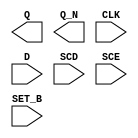
/**
 * Copyright 2020 The SkyWater PDK Authors
 *
 * Licensed under the Apache License, Version 2.0 (the "License");
 * you may not use this file except in compliance with the License.
 * You may obtain a copy of the License at
 *
 *     https://www.apache.org/licenses/LICENSE-2.0
 *
 * Unless required by applicable law or agreed to in writing, software
 * distributed under the License is distributed on an "AS IS" BASIS,
 * WITHOUT WARRANTIES OR CONDITIONS OF ANY KIND, either express or implied.
 * See the License for the specific language governing permissions and
 * limitations under the License.
 *
 * SPDX-License-Identifier: Apache-2.0
 */

`ifndef SKY130_FD_SC_LS__SDFSBP_BLACKBOX_V
`define SKY130_FD_SC_LS__SDFSBP_BLACKBOX_V

/**
 * sdfsbp: Scan delay flop, inverted set, non-inverted clock,
 *         complementary outputs.
 *
 * Verilog stub definition (black box without power pins).
 *
 * WARNING: This file is autogenerated, do not modify directly!
 */

`timescale 1ns / 1ps
`default_nettype none

(* blackbox *)
module sky130_fd_sc_ls__sdfsbp (
    Q    ,
    Q_N  ,
    CLK  ,
    D    ,
    SCD  ,
    SCE  ,
    SET_B
);

    output Q    ;
    output Q_N  ;
    input  CLK  ;
    input  D    ;
    input  SCD  ;
    input  SCE  ;
    input  SET_B;

    // Voltage supply signals
    supply1 VPWR;
    supply0 VGND;
    supply1 VPB ;
    supply0 VNB ;

endmodule

`default_nettype wire
`endif  // SKY130_FD_SC_LS__SDFSBP_BLACKBOX_V